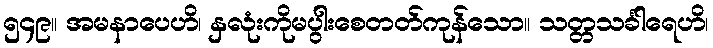
၅၄၉။ အမနာပေဟိ၊ နှလုံးကိုမပွါးစေတတ်ကုန်သော။ သတ္တသင်္ခါရေဟိ၊